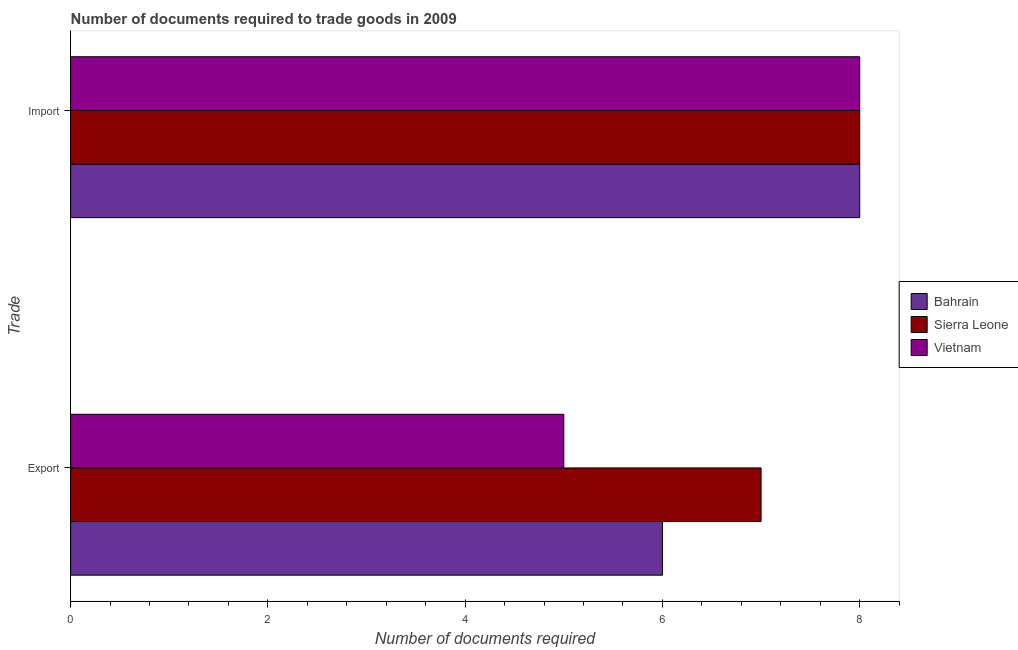
| Trade | Bahrain | Sierra Leone | Vietnam |
 | --- | --- | --- | --- |
 | Export | 6 | 7 | 5 |
 | Import | 8 | 8 | 8 |